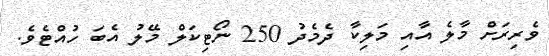
ވެރިރަށް މާލެ އާއި މަލިކާ ދެމެދު 250 ނޯޓިކަލް މޭލު އެބަ ހުއްޓެވެ.